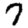
Digit: 7